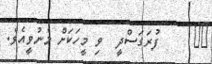
٢٣     ފުރަގަސްދީ  ވި މީހަކަށް މެނުވީއެވެ.